Indian journal of veterinary science and animal husbandry - Volumes 18-21, 1948-1951
Year: 1948
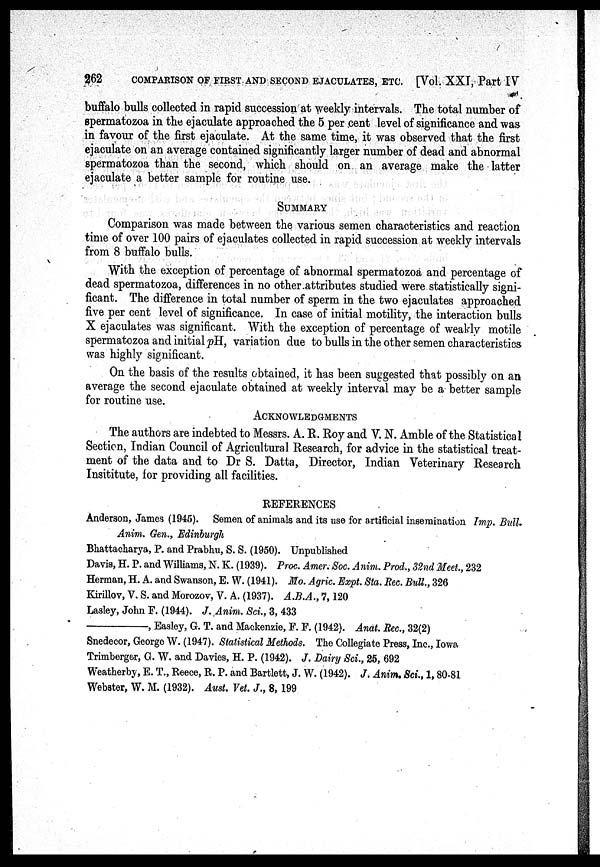
262
COMPARISON OF FIRST AND SECOND EJACULATES, ETC. [Vol. XXI, Part IV
buffalo bulls collected in rapid succession at weekly intervals. The total number of
spermatozoa in the ejaculate approached the 5 per cent level of significance and was
in favour of the first ejaculate. At the same time, it was observed that the first
ejaculate on an average contained significantly larger number of dead and abnormal
spermatozoa than the second, which should on an average make the latter
ejaculate a better sample for routine use.
SUMMARY
Comparison was made between the various semen characteristics and reaction
time of over 100 pairs of ejaculates collected in rapid succession at weekly intervals
from 8 buffalo bulls.
With the exception of percentage of abnormal spermatozoa and percentage of
dead spermatozoa, differences in no other attributes studied were statistically signi-
ficant. The difference in total number of sperm in the two ejaculates approached
five per cent level of significance. In case of initial motility, the interaction bulls
X ejaculates was significant. With the exception of percentage of weakly motile
spermatozoa and initial pH, variation due to bulls in the other semen characteristics
was highly significant.
On the basis of the results obtained, it has been suggested that possibly on an
average the second ejaculate obtained at weekly interval may be a better sample
for routine use.
ACKNOWLEDGMENTS
The authors are indebted to Messrs. A. R. Roy and V. N. Amble of the Statistical
Section, Indian Council of Agricultural Research, for advice in the statistical treat-
ment of the data and to Dr S. Datta, Director, Indian Veterinary Research
Insititute, for providing all facilities.
REFERENCES
Anderson, James (1945). Semen of animals and its use for artificial insemination Imp. Bull.
Anim. Gen., Edinburgh
Bhattacharya, P. and Prabhu, S. S. (1950). Unpublished
Davis, H. P. and Williams, N. K. (1939). Proc. Amer. Soc. Anim. Prod., 32nd Meet., 232
Herman, H. A. and Swanson, E. W. (1941). Mo. Agric. Expt. Sta. Rec. Bull., 326
Kirillov, V. S. and Morozov, V. A. (1937). A.B.A., 7, 120
Lasley, John F. (1944). J. Anim. Sci., 3, 433
——,
Easley, G. T. and Mackenzie, F. F. (1942). Anat. Rec., 32(2)
Snedecor, George W. (1947). Statistical Methods. The Collegiate Press, Inc., Iowa
Trimberger, G. W. and Davies, H. P. (1942). J. Dairy Sci., 25, 692
Weatherby, E. T., Reece, R. P. and Bartlett, J. W. (1942). J. Anim. Sci., 1, 80-81
Webster, W. M. (1932). Aust. Vet. J., 8, 199